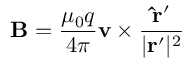
\mathbf { B } = { \frac { \mu _ { 0 } q } { 4 \pi } } \mathbf { v } \times { \frac { \mathbf { { \hat { r } } ^ { \prime } } } { | \mathbf { r } ^ { \prime } | ^ { 2 } } }